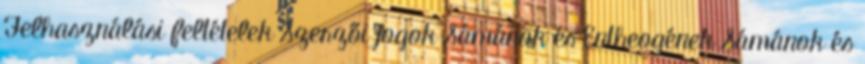
Felhasználási feltételek Szerzői jogok Sámánok és Entheogének Sámánok és